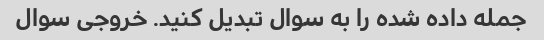
جمله داده شده را به سوال تبدیل کنید. خروجی سوال